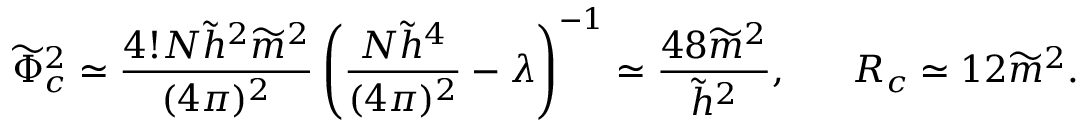
\widetilde { \Phi } _ { c } ^ { 2 } \simeq \frac { 4 ! N \widetilde { h } ^ { 2 } \widetilde { m } ^ { 2 } } { ( 4 \pi ) ^ { 2 } } \left( \frac { N \widetilde { h } ^ { 4 } } { ( 4 \pi ) ^ { 2 } } - \lambda \right) ^ { - 1 } \simeq \frac { 4 8 \widetilde { m } ^ { 2 } } { \widetilde { h } ^ { 2 } } , \ \ \ \ \ R _ { c } \simeq 1 2 \widetilde { m } ^ { 2 } .